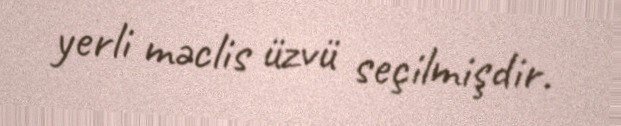
yerli məclis üzvü seçilmişdir.